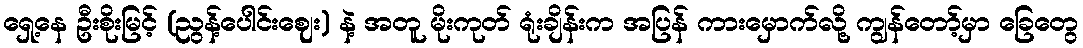
ရှေ့နေ ဦးစိုးမြင့် (ညွန့်ပေါင်းဈေး) နဲ့ အတူ မိုးကုတ် ရုံးချိန်းက အပြန် ကားမှောက်လို့ ကျွန်တော့်မှာ ခြေတွေ